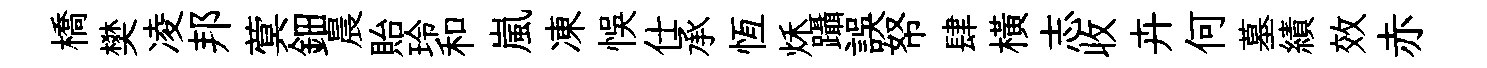
橋樊凌邦蓂鈿晨貽玲和嵐凍悞仕承恆秌躡誤帑肆横志收卉何墓績效赤